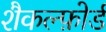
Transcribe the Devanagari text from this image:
शैकल्फ़ोर्ड